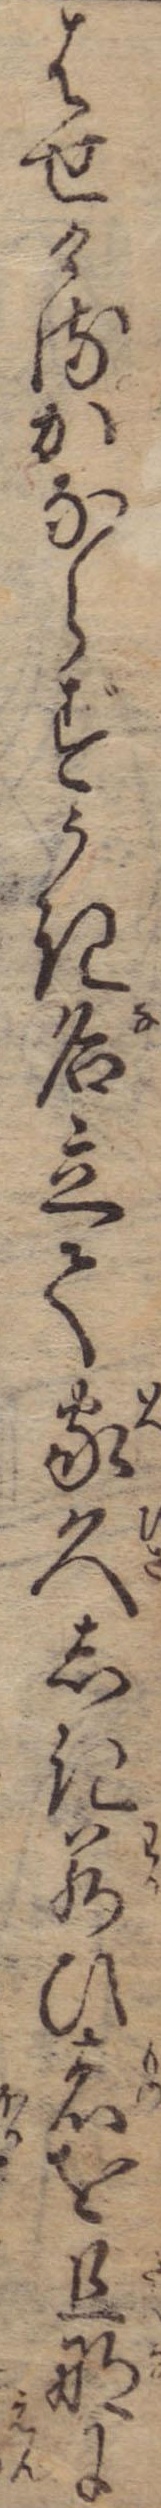
はせけるかならずうき名立て家久しき若ひ者を旦那に